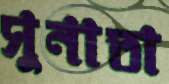
সুনাতা